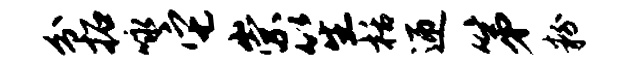
分拓咏它崇笙栝迎第粉